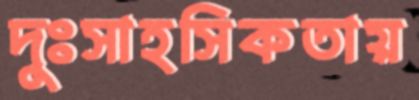
দুঃসাহসিকতায়